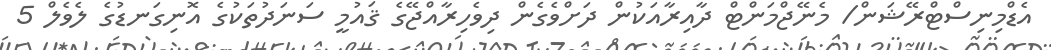
އެޑްމިނިސްޓްރޭޝަން/ މެނޭޖްމަންޓް ދާއިރާއަކުން ދަށްވެގެން ދިވެހިރާއްޖޭގެ ޤައުމީ ސަނަދުތަކުގެ އޮނިގަނޑުގެ ލެވެލް 5